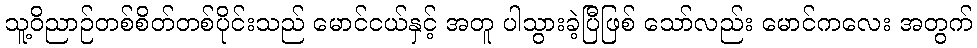
သူ့ဝိညာဉ်တစ်စိတ်တစ်ပိုင်းသည် မောင်ငယ်နှင့် အတူ ပါသွားခဲ့ပြီဖြစ် သော်လည်း မောင်ကလေး အတွက်